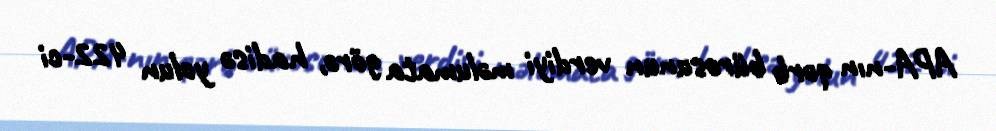
APA-nın qərb bürosunun verdiyi məlumata görə, hadisə yolun 422-ci